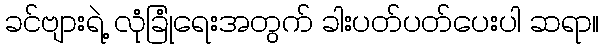
ခင်ဗျားရဲ့ လုံခြုံရေးအတွက် ခါးပတ်ပတ်ပေးပါ ဆရာ။